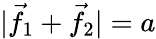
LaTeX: |{\vec{f}}_{1}+{\vec{f}}_{2}|=a